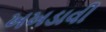
ખખડાવી